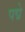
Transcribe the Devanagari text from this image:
पद्मे